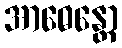
အာဓေန္တော